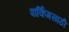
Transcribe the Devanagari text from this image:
पार्किंगसाठी